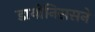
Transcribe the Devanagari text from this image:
डायोनिससने